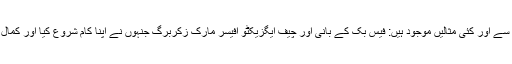
اسی طرح سے اور کئی مثالیں موجود ہیں: فیس بک کے بانی اور چیف ایگزیکٹو آفیسر مارک زکربرگ جنہوں نے اپنا کام شروع کیا اور کمال ترقی کی۔